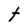
Character: t